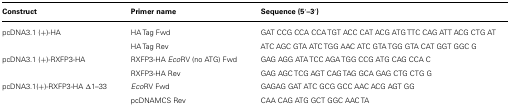
<table><thead><tr><td><b>Construct</b></td><td><b>Primer name</b></td><td><b>Sequence (5′–3′)</b></td></tr></thead><tbody><tr><td>pcDNA3.1 (+)-HA</td><td>HA Tag Fwd</td><td>GAT CCG CCA CCA TGT ACC CAT ACG ATG TTC CAG ATT ACG CTG AT</td></tr><tr><td></td><td>HA Tag Rev</td><td>ATC AGC GTA ATC TGG AAC ATC GTA TGG GTA CAT GGT GGC G</td></tr><tr><td>pcDNA3.1 (+)-RXFP3-HA</td><td>RXFP3-HA <i>Eco</i>RV (no ATG) Fwd </td><td>GAG AGG ATA TCC AGA TGG CCG ATG CAG CCA C</td></tr><tr><td></td><td>RXFP3-HA Rev</td><td>GAG AGC TCG AGT CAG TAG GCA GAG CTG CTG G</td></tr><tr><td>pcDNA3.1(+)-RXFP3-HA δ1–33</td><td><i>Eco</i>RV Fwd</td><td>GAGAG GAT ATC GCG GCC AAC ACG AGT GG</td></tr><tr><td></td><td>pcDNAMCS Rev</td><td>CAA CAG ATG GCT GGC AAC TA</td></tr></tbody></table>